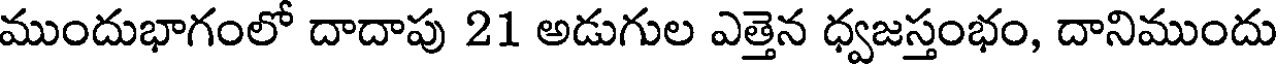
ముందుభాగంలో దాదాపు 21 అడుగుల ఎత్తెన ధ్వజస్తంభం, దానిముందు